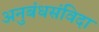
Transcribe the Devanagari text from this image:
अनुबंधसंविदा